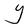
Character: Y